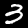
Digit: 3